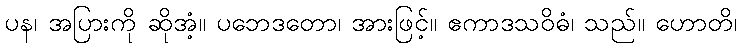
ပန၊ အပြားကို ဆိုအံ့။ ပဘေဒတော၊ အားဖြင့်။ ဧကာဒသဝိဓံ၊ သည်။ ဟောတိ၊